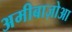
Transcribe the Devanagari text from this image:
अमीबाज़ोआ